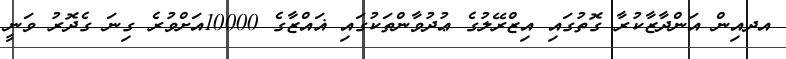
އދއިން އަންދާޒާކުރާ ގޮތުގައި އިޒްރޭލުގެ ޢުދުވާންތަކުގައި ޣައްޒާގެ 10000އަށްވުރެ ގިނަ ގެދޮރު ވަނީ